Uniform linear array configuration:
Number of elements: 48
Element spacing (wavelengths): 0.25
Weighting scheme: uniform
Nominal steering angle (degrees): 60
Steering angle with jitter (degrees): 58.613
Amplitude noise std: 0.05
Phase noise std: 0.05

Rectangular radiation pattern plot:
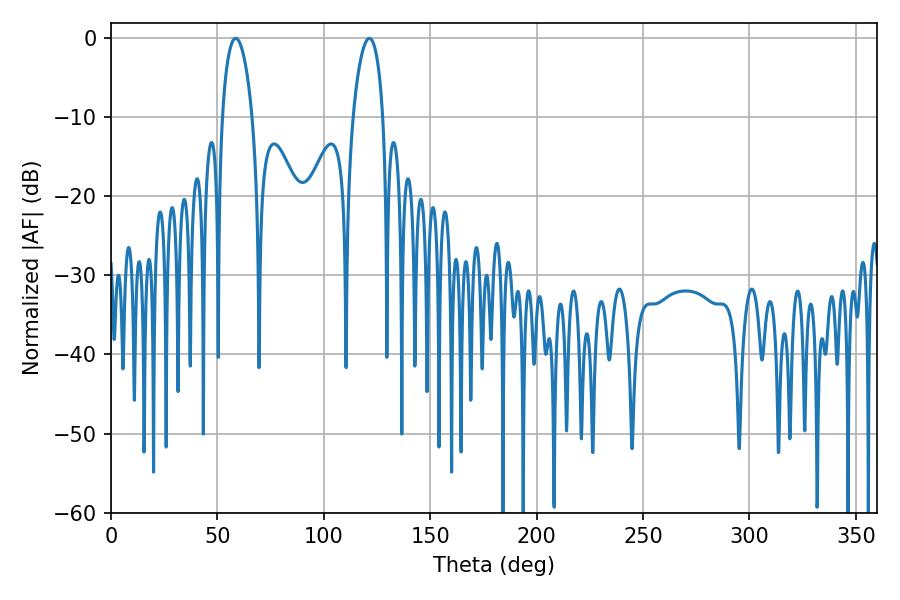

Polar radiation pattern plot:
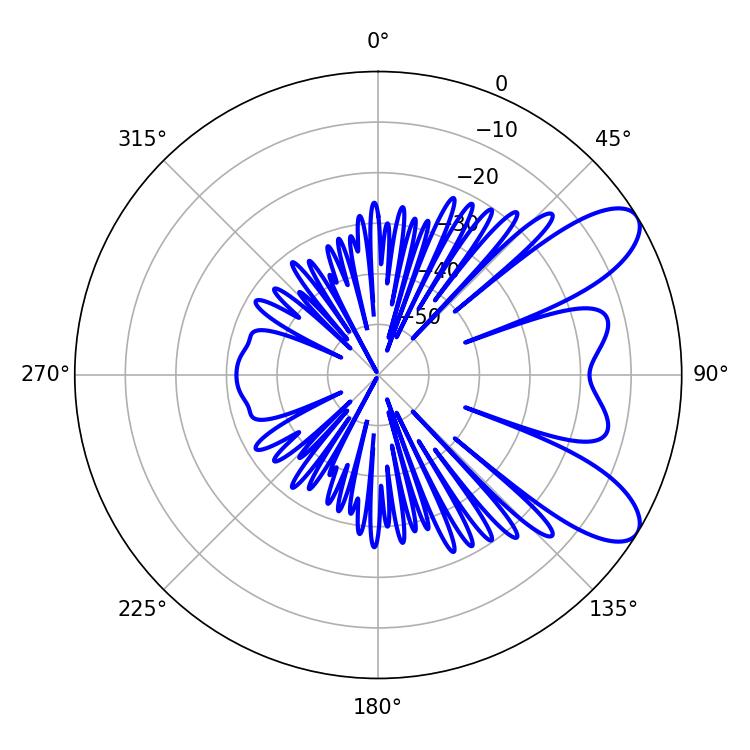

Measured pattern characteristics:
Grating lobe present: FALSE
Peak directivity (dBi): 8.599
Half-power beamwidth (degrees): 7.92
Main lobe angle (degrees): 58.68